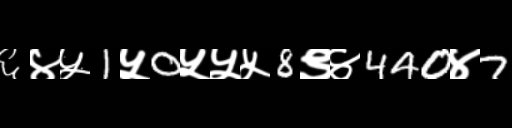
Text: ६४५1५0५५५8९४440४7